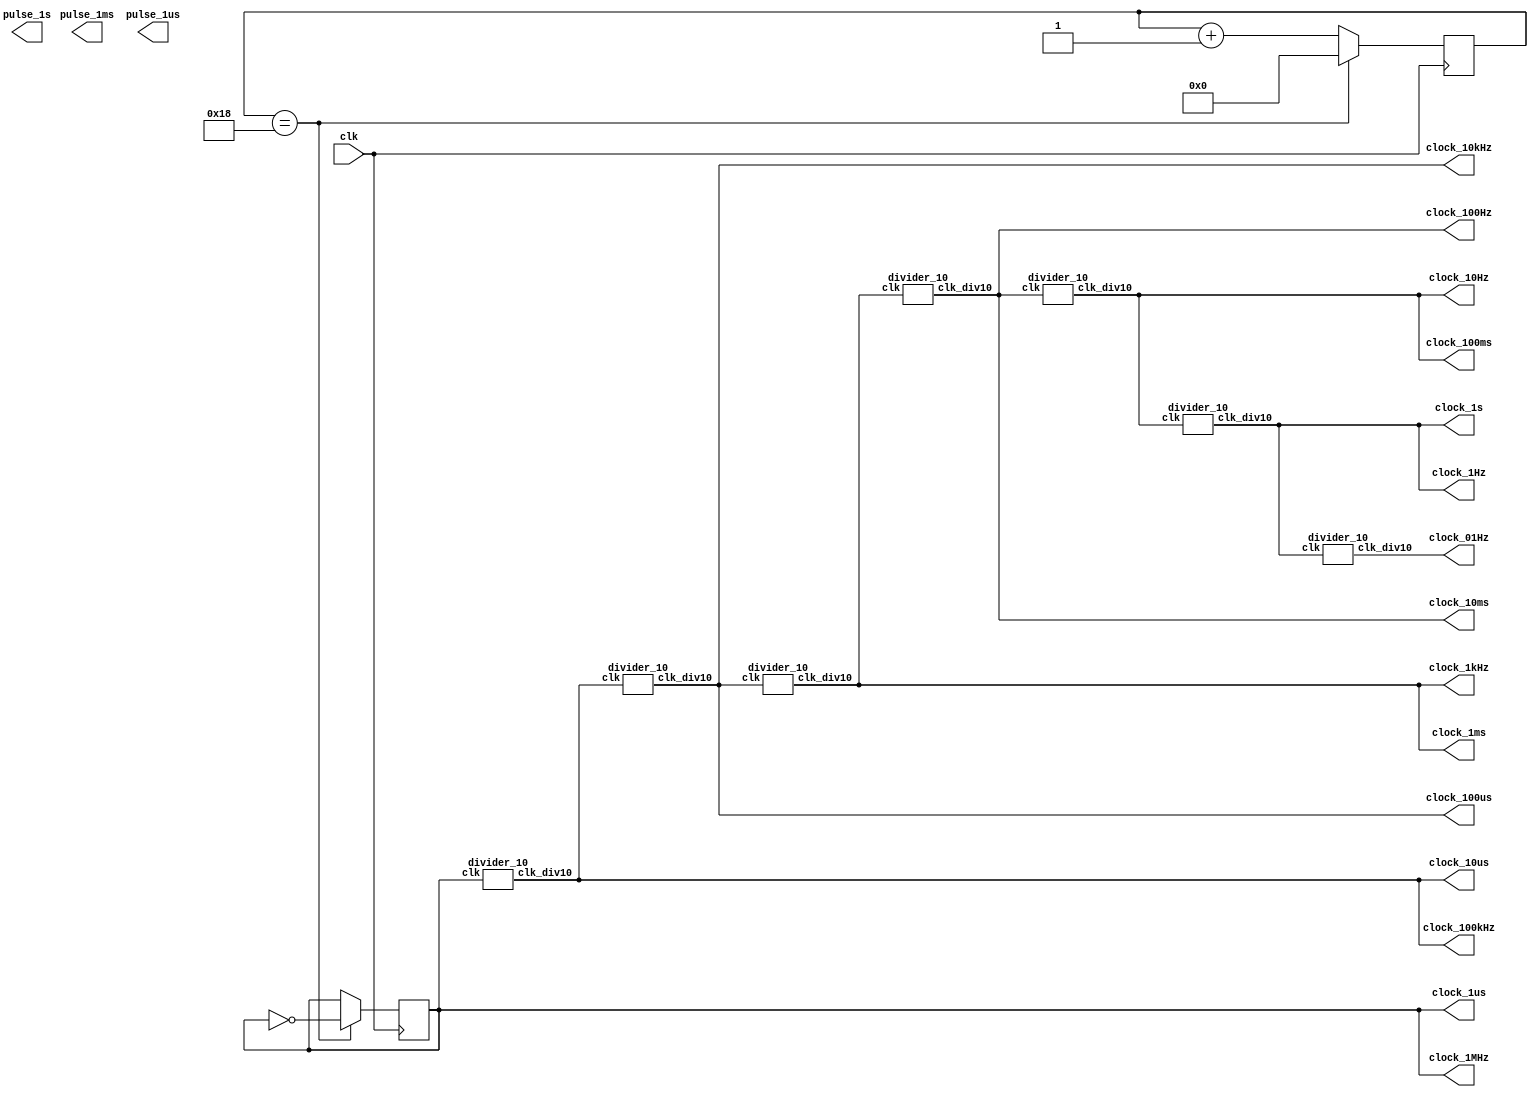
module clock_all (
	  clk, 
	  clock_1MHz,
	  clock_100kHz, 
	  clock_10kHz,
	  clock_1kHz,
	  clock_100Hz,
	  clock_10Hz,
	  clock_1Hz,
	  clock_01Hz,
	  clock_1s, 
	  clock_100ms,
	  clock_10ms, 
	  clock_1ms, 
	  clock_100us, 
	  clock_10us, 
	  clock_1us,
	  pulse_1s,
	  pulse_1ms,
	  pulse_1us
);

	parameter clock_frequency  = 50;  //MHz

	input	 	clk;
	output reg	clock_1MHz;
	output	clock_100kHz;
	output	clock_10kHz;
	output	clock_1kHz;
	output	clock_100Hz;
	output	clock_10Hz;
	output	clock_1Hz;
	output	clock_01Hz;
	output	clock_1s, clock_100ms, clock_10ms, clock_1ms, clock_100us, clock_10us, clock_1us;
	output	pulse_1s, pulse_1ms, pulse_1us;

	reg [5:0] count;
	
	assign clock_1s = clock_1Hz;
	assign clock_100ms = clock_10Hz;
	assign clock_10ms = clock_100Hz;
	assign clock_1ms = clock_1kHz;
	assign clock_100us = clock_10kHz;
	assign clock_10us = clock_100kHz;
	assign clock_1us = clock_1MHz;
	
	always @ (posedge clk)
	begin
		if (count==(clock_frequency/2-1))
		begin
			count <= 0;
			clock_1MHz <= ~clock_1MHz;
		end
		else
			count <= count + 1;
	end
	
	
	divider_10 clk1( .clk(clock_1MHz),  .clk_div10(clock_100kHz));
	divider_10 clk2( .clk(clock_100kHz),  .clk_div10(clock_10kHz));
	divider_10 clk3( .clk(clock_10kHz),  .clk_div10(clock_1kHz));
	divider_10 clk4( .clk(clock_1kHz),  .clk_div10(clock_100Hz));
	divider_10 clk5( .clk(clock_100Hz),  .clk_div10(clock_10Hz));
	divider_10 clk6( .clk(clock_10Hz),  .clk_div10(clock_1Hz));	
	divider_10 clk7( .clk(clock_1Hz),  .clk_div10(clock_01Hz));
	
endmodule

module divider_10
(
	input clk, 
	output reg clk_div10,
	output reg [3:0] count_10
);


	always @ (posedge clk)
	begin
		if (count_10==4)
			begin
				count_10 <= 0;
				clk_div10<=~clk_div10;
			end
		else
				count_10 <= count_10 + 1;
	end	
endmodule